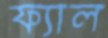
ফ্যাল